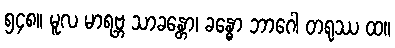
၅၄၈။ မူလ မာရဗ္ဘ သာခန္တော၊ ခန္ဓော ဘာဂေါ တရုဿ ထ။